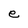
Character: e